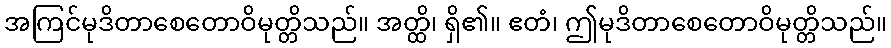
အကြင်မုဒိတာစေတောဝိမုတ္တိသည်။ အတ္ထိ၊ ရှိ၏။ ဧတံ၊ ဤမုဒိတာစေတောဝိမုတ္တိသည်။